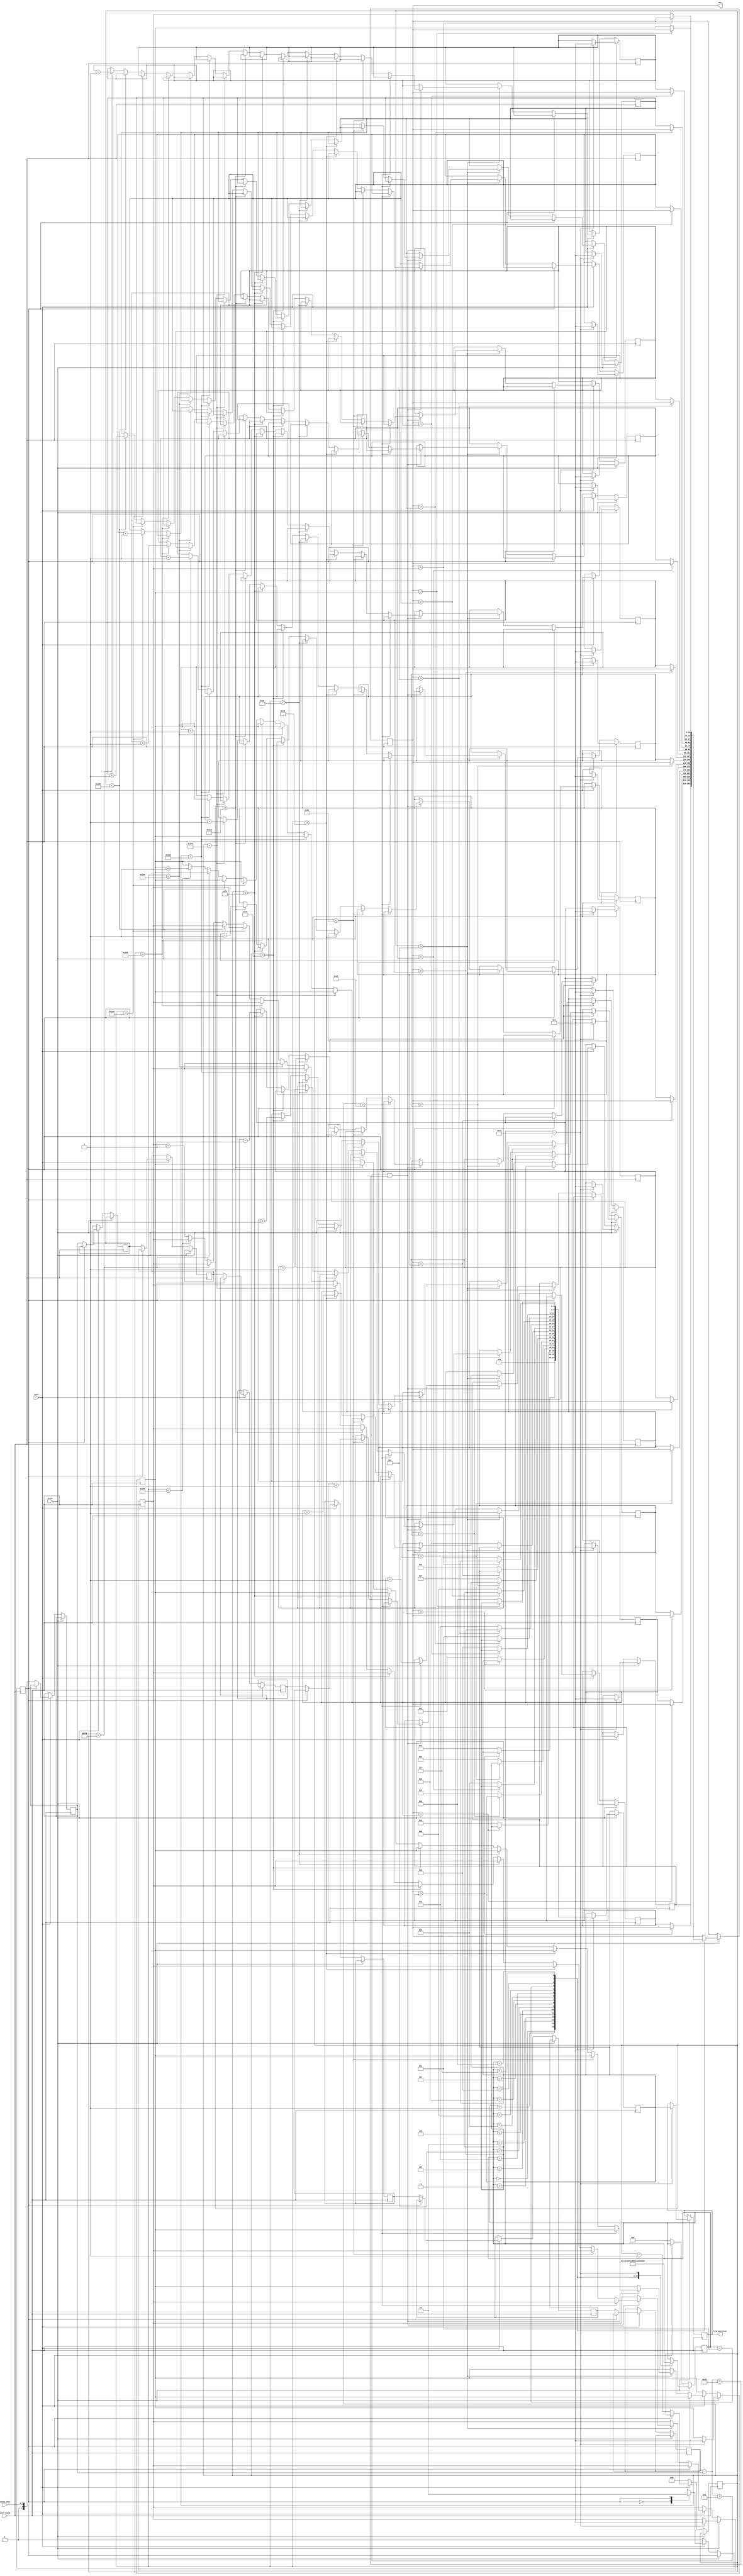
module Edge_Detecting_Line_Follower (

	// Inputs
	camera_data,
	pixel_clock,
	href,
	vsync,

	// Outputs
	line_position,

	max
);

/*****************************************************************************
 *                             Port Declarations                             *
 *****************************************************************************/

// Inputs from camera
input [7:0]		camera_data;
input				pixel_clock;
input				href;
input				vsync;

// Outputs
output reg [3:0]    line_position;

reg [3:0]		biggest_bin_index;

// States for YUYV data from camera
localparam Y = 1'b0, OTHER = 1'b1;

// Which data is the camera output
reg 			      	state;

reg						line_start;

// Y values
reg signed	[8:0]		y[6:0];

reg  			[15:0]   b[15:0];
output reg	[15:0]   max;

// track pixel position in line
reg			[9:0]    line_counter;

reg			[4:0] 	vsync_state;

initial
begin

	state = Y;
	line_counter = 10'b0;

end

//integer index;

// Handle pixel clock domain logic
always @(posedge pixel_clock)
begin

	// VSYNC indicates start of image setup start_of_packet
	if(vsync)
	begin

		case (vsync_state)

			0: begin
				max <= b[0];
				biggest_bin_index <= 0;
				vsync_state <= 1;
			end
			1: begin
				max <= max > b[1] ? max : b[1];
				biggest_bin_index <= max > b[1] ? biggest_bin_index : 1;
				vsync_state <= 2;
			end
			2: begin
				max <= max > b[2] ? max : b[2];
				biggest_bin_index <= max > b[2] ? biggest_bin_index : 2;
				vsync_state <= 3;
			end
			3: begin
				max <= max > b[3] ? max : b[3];
				biggest_bin_index <= max > b[3] ? biggest_bin_index : 3;
				vsync_state <= 4;
			end
			4: begin
				max <= max > b[4] ? max : b[4];
				biggest_bin_index <= max > b[4] ? biggest_bin_index : 4;
				vsync_state <= 5;
			end
			5: begin
				max <= max > b[5] ? max : b[5];
				biggest_bin_index <= max > b[5] ? biggest_bin_index : 5;
				vsync_state <= 6;
			end
			6: begin
				max <= max > b[6] ? max : b[6];
				biggest_bin_index <= max > b[6] ? biggest_bin_index : 6;
				vsync_state <= 7;
			end
			7: begin
				max <= max > b[7] ? max : b[7];
				biggest_bin_index <= max > b[7] ? biggest_bin_index : 7;
				vsync_state <= 8;
			end
			8: begin
				max <= max > b[8] ? max : b[8];
				biggest_bin_index <= max > b[8] ? biggest_bin_index : 8;
				vsync_state <= 9;
			end
			9: begin
				max <= max > b[9] ? max : b[9];
				biggest_bin_index <= max > b[9] ? biggest_bin_index : 9;
				vsync_state <= 10;
			end
			10: begin
				max <= max > b[10] ? max : b[10];
				biggest_bin_index <= max > b[10] ? biggest_bin_index : 10;
				vsync_state <= 11;
			end
			11: begin
				max <= max > b[11] ? max : b[11];
				biggest_bin_index <= max > b[11] ? biggest_bin_index : 11;
				vsync_state <= 12;
			end
			12: begin
				max <= max > b[12] ? max : b[12];
				biggest_bin_index <= max > b[12] ? biggest_bin_index : 12;
				vsync_state <= 13;
			end
			13: begin
				max <= max > b[13] ? max : b[13];
				biggest_bin_index <= max > b[13] ? biggest_bin_index : 13;
				vsync_state <= 14;
			end
			14: begin
				max <= max > b[14] ? max : b[14];
				biggest_bin_index <= max > b[14] ? biggest_bin_index : 14;
				vsync_state <= 15;
			end
			15: begin
				max <= max > b[15] ? max : b[15];
				biggest_bin_index <= max > b[15] ? biggest_bin_index : 15;
				vsync_state <= 16;
			end
			16: begin

				line_position <= biggest_bin_index;

				/*for(index = 0; index < 16; index = index + 1)
				begin
					b[index]  <= 0;
				end*/
				b[0] <= 0;
				b[1] <= 0;
				b[2] <= 0;
				b[3] <= 0;
				b[4] <= 0;
				b[5] <= 0;
				b[6] <= 0;
				b[7] <= 0;
				b[8] <= 0;
				b[9] <= 0;
				b[10] <= 0;
				b[11] <= 0;
				b[12] <= 0;
				b[13] <= 0;
				b[14] <= 0;
				b[15] <= 0;

				vsync_state <= 17;

			end
			17:begin
				// DO nothing
			end
		endcase
	end

	// We are in the inter-line blanking period
	else if(href == 0)
	begin

		// Start of line
		line_counter <= 0;
		state <= Y;

		vsync_state <= 0;
		
	end

	// We are in the line
	else if(href == 1)
	begin

		case (state)

			// First element is Y
			Y: begin

				// Cascade Y values
				/*
				for(index = 0; index < 6; index = index + 1)
				begin
					y[index] <= y[index + 1];
				end*/
				y[0] <= y[1];
				y[1] <= y[2];
				y[2] <= y[3];
				y[3] <= y[4];
				y[4] <= y[5];
				y[5] <= y[6];
				y[6] <= camera_data;

				state <= OTHER;

				line_counter <= line_counter + 10'b1;
	
				// When we have 6 pixels start checking values
				if(line_counter > 6)
				begin

					if((y[0] - y[6]) > 10 || (y[0] - y[6]) < -10) // Handle abs val
					begin

						// If the delta is greater than 10 add to the bin
						if(line_counter < 40)
						begin
							b[0] <= b[0] + 16'b1;
						end
						else if(line_counter < 80)
						begin
							b[1] <= b[1] + 16'b1;
						end
						else if(line_counter < 120)
						begin
							b[2] <= b[2] + 16'b1;
						end
						else if(line_counter < 160)
						begin
							b[3] <= b[3] + 16'b1;
						end
						else if(line_counter < 200)
						begin
							b[4] <= b[4] + 16'b1;
						end
						else if(line_counter < 240)
						begin
							b[5] <= b[5] + 16'b1;
						end
						else if(line_counter < 280)
						begin
							b[6] <= b[6] + 16'b1;
						end
						else if(line_counter < 320)
						begin
							b[7] <= b[7] + 16'b1;
						end
						else if(line_counter < 360)
						begin
							b[8] <= b[8] + 16'b1;
						end
						else if(line_counter < 400)
						begin
							b[9] <= b[9] + 16'b1;
						end
						else if(line_counter < 440)
						begin
							b[10] <= b[10] + 16'b1;
						end
						else if(line_counter < 480)
						begin
							b[11] <= b[11] + 16'b1;
						end
						else if(line_counter < 520)
						begin
							b[12] <= b[12] + 16'b1;
						end
						else if(line_counter < 560)
						begin
							b[13] <= b[13] + 16'b1;
						end
						else if(line_counter < 600)
						begin
							b[14] <= b[14] + 16'b1;
						end
						else
						begin
							b[15] <= b[15] + 16'b1;
						end

					end

				end
	
			end

			// next element is U or V
			OTHER: begin

				state <= Y;

			end

		endcase 

	end

end

endmodule